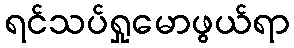
ရင်သပ်ရှုမောဖွယ်ရာ